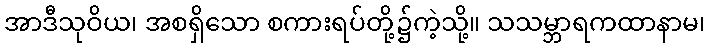
အာဒီသုဝိယ၊ အစရှိသော စကားရပ်တို့၌ကဲ့သို့။ သသမ္ဘာရကထာနာမ၊